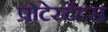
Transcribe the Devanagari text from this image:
प्रोटेस्टेंटस